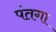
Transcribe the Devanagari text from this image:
पंतगा